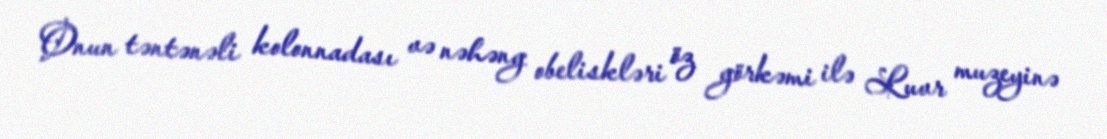
Onun təntənəli kolonnadası və nəhəng obeliskləri öz görkəmi ilə Luvr muzeyinə